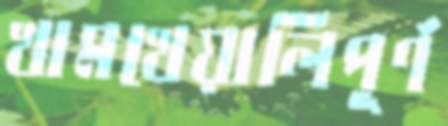
খামখেয়ালিপূর্ণ